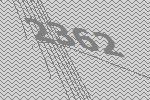
2362